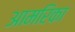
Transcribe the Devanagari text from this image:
आमरिका